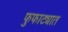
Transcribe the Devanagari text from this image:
फुफाट्यात